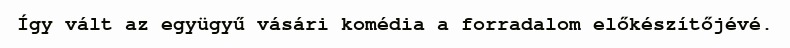
Így vált az együgyű vásári komédia a forradalom előkészítőjévé.